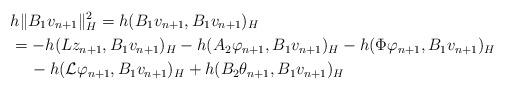
LaTeX: \begin{align*}&h\|B_{1}v_{n+1}\|_{H}^2 = h(B_{1}v_{n+1}, B_{1}v_{n+1})_{H} \\ &=-h(Lz_{n+1}, B_{1}v_{n+1})_{H} - h(A_{2}\varphi_{n+1}, B_{1}v_{n+1})_{H} - h(\Phi\varphi_{n+1}, B_{1}v_{n+1})_{H} \\ &\,\quad- h({\cal L}\varphi_{n+1}, B_{1}v_{n+1})_{H} + h(B_{2}\theta_{n+1}, B_{1}v_{n+1})_{H} \end{align*}